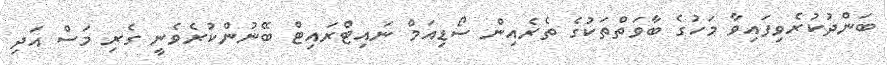
ބަންދުކުރެވިފައިވާ މަހުގެ ބާވަތްތަކުގެ ތެރެއިން ސޯޑިއަމް ނައިޓްރައިޓް ބޭނުންކުރެވެނީ ގެރި މަސް އަދި